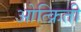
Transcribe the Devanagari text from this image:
ओत्क्रिती